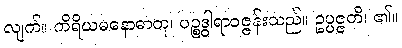
လျက်။ ကိရိယမနောဓာတု၊ ပဉ္စဒွါရာဝဇ္ဇန်းသည်။ ဥပ္ပဇ္ဇတိ၊ ၏။